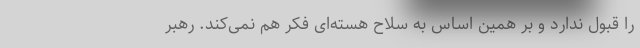
را قبول ندارد و بر همین اساس به سلاح هسته‌ای فکر هم نمی‌کند. رهبر